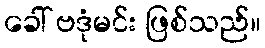
ခေါ် ဗဒုံမင်း ဖြစ်သည်။